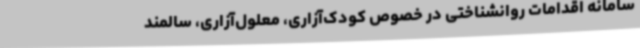
سامانه اقدامات روانشناختی در خصوص کودک‌آزاری، معلول‌آزاری، سالمند